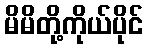
မိမိတို့ကိုယ်ပိုင်